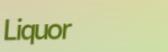
Liquor